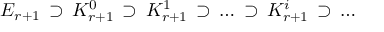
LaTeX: E _ { r + 1 } \, \supset \, K _ { r + 1 } ^ { 0 } \, \supset \, K _ { r + 1 } ^ { 1 } \, \supset \, \dots \, \supset \, K _ { r + 1 } ^ { i } \, \supset \, \dots